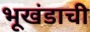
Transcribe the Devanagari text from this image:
भूखंडाची